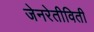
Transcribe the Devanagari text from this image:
जेनरेतीविती